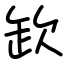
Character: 欫